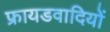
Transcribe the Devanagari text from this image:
फ्रायडवादियों